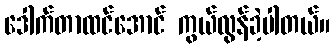
ဒေါက်တာထင်အောင် ကွယ်လွန်ခဲ့ပါတယ်။